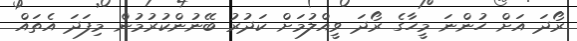
ރޯދަ އަށް ހުންނަ މީހާގެ ރޯދަ ވީއްލުމަށް ކަދުރު ބޭނުންކުރުމުން މިފަދަ އެތައް